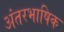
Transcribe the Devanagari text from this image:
अंतरभाषिक